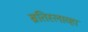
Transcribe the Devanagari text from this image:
ब्रतिस्लाव्हा